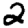
Digit: 2